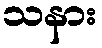
သနား